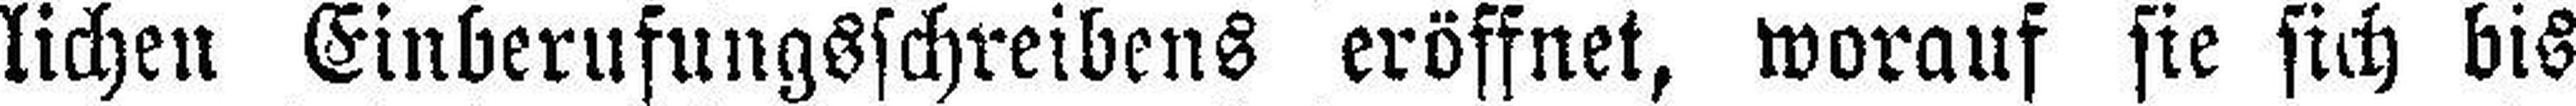
lichen Einberufungsschreibens eröffnet, worauf sie sich bis